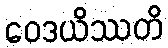
ဝေဒယိဿတိ